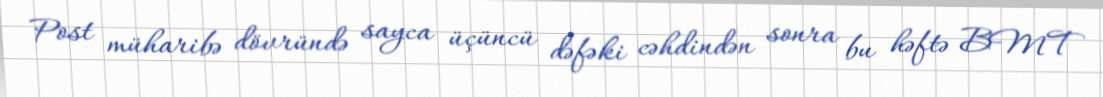
Post müharibə dövründə sayca üçüncü dəfəki cəhdindən sonra bu həftə BMT